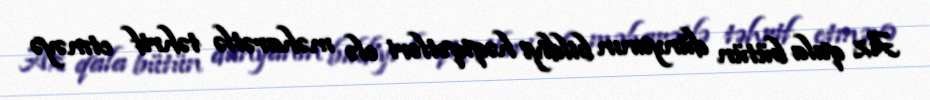
Az qala bütün dünyanın bildiyi həqiqətləri elə məharətlə təhrif etməyə